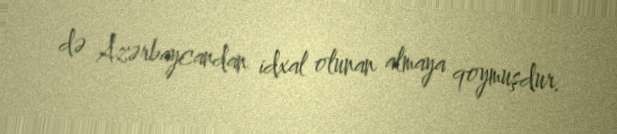
də Azərbaycandan idxal olunan almaya qoymuşdur.